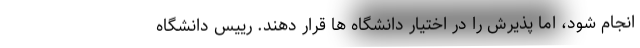
انجام شود، اما پذیرش را در اختیار دانشگاه ها قرار دهند. رییس دانشگاه